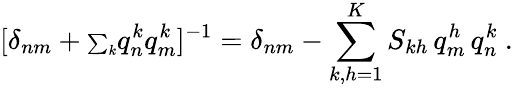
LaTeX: [\delta_{nm}+{\scriptstyle\sum_{k}}q_{n}^{k}q_{m}^{k}]^{-1}=\delta_{nm}-\sum_{k,h=1}^{K}S_{kh}\, q_{m}^{h}\, q_{n}^{k}\ .